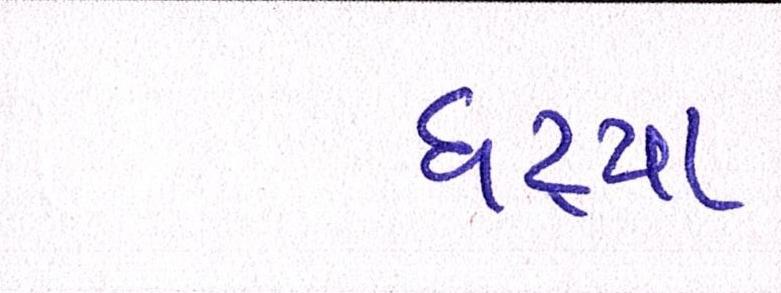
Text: ઘટ્યા